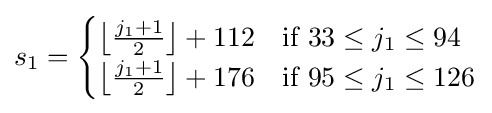
s_{1}={\begin{cases}\left\lfloor {\frac {j_{1}+1}{2}}\right\rfloor +112&{\mbox{if }}33\leq j_{1}\leq 94\\\left\lfloor {\frac {j_{1}+1}{2}}\right\rfloor +176&{\mbox{if }}95\leq j_{1}\leq 126\end{cases}}